Newspaper: Memphis daily appeal. [volume]
Place of publication: Memphis, Tenn.
Publisher: S.T. Seawell & W.N. Stanton
Date: 1870-05-14 00:00:00
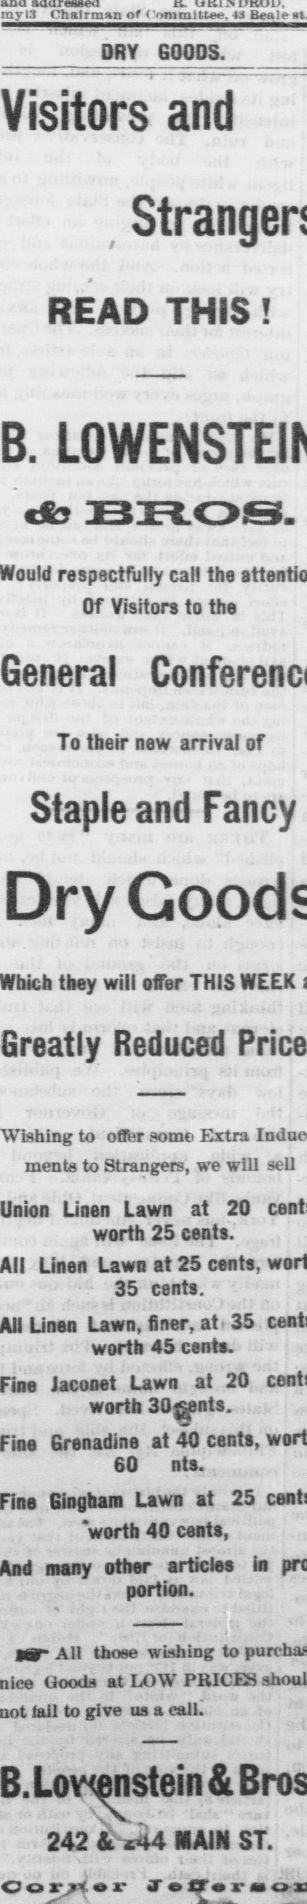
Advertisement text (OCR):
myi:l chairman of ' ommlttee. 13 Beale DRY GOODS. Visitors and READ THIS ! B. Would respectfully call the Of Visitors to the General To their new arrival of Staple and Fancy Dry Which they will offer THIS WEEK Greatly Reduced Wishing to offer some Extra ments to Strangers, we will sell Union Linen Lawn at 20 worth 25 cents. All Linen Lawn at 25 cents, 35 cents. All Linen Lawn, finer, at 35 worth 45 cent. Fine Jaconet Lawn at 20 worth 30$pnts. Fine Grenadine at 40 cents, 60 nts. Fine Gingham Lawn at 25 'worth 40 cents, And many other articles in portion. Mr All those wishing to nice Oooda at LOW PRICES not tail to give us a call. 242 At 44 MAIN ST. Oorior 3" tfm r m
Label: text-only